Civil Veterinary Dept. Assam report 1911-1927 - 1911-1927
Year: 1911
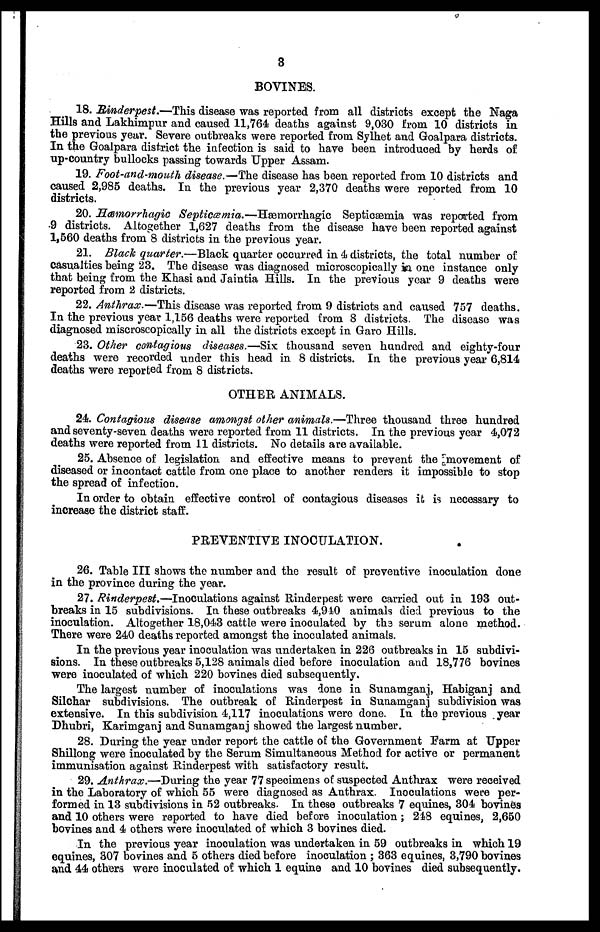
3
BOVINES.
18. Rinderpest.—This disease was reported from all districts except the Naga
Hills and Lakhimpur and caused 11,764 deaths against 9,030 from 10 districts in
the previous year. Severe outbreaks were reported from Sylhet and Goalpara districts.
In the Goalpara district the infection is said to have been introduced by herds of
up-country bullocks passing towards Upper Assam.
19. Foot-and-mouth disease.—The disease has been reported from 10 districts and
caused 2,985 deaths. In the previous year 2,370 deaths were reported from 10
districts.
20. Hæmorrhagic Septicæmia.—Hæmorrhagic
Septicæmia was reported from
9 districts. Altogether 1,627 deaths from the disease have been reported against
1,660 deaths from 8 districts in the previous year.
21. Black quarter.—Black quarter occurred in 4 districts, the total number of
Casualties being 23. The disease was diagnosed microscopically in one instance only
that being from the Khasi and Jaintia Hills. In the previous year 9 deaths were
reported from 2 districts.
22. Anthrax.—This disease was reported from 9 districts and caused 757 deaths.
In the previous year 1,156 deaths were reported from 8 districts. The disease was
diagnosed miscroscopically in all the districts except in Garo Hills.
23. Other contagious diseases.—Six thousand seven hundred and eighty-four
deaths were recorded under this head in 8 districts. In the previous year 6,814
deaths were reported from 8 districts.
OTHER ANIMALS.
24. Contagious disease amongst other animals.—Three thousand three hundred
and seventy-seven deaths were reported from 11 districts. In the previous year 4,072
deaths were reported from 11 districts. No details are available.
25. Absence of legislation and effective means to prevent the movement of
diseased or incontact cattle from one place to another renders it impossible to stop
the spread of infection.
In order to obtain effective control of contagious diseases it is necessary to
increase the district staff.
PREVENTIVE INOCULATION.
26. Table III shows the number and the result of preventive inoculation done
in the province during the year.
27. Rinderpest.—Inoculations against Rinderpest were carried out in 193 out-
breaks in 15 subdivisions. In these outbreaks 4,940 animals died previous to the
inoculation. Altogether 18,043 cattle were inoculated by th3 serum alone method.
There were 240 deaths reported amongst the inoculated animals.
In the previous year inoculation was undertaken in 226 outbreaks in 15 subdivi-
sions. In these outbreaks 5,128 animals died before inoculation and 18,776 bovines
were inoculated of which 220 bovines died subsequently.
The largest number of inoculations was done in Sunamganj, Habiganj and
Silchar subdivisions. The outbreak of Rinderpest in Sunamganj subdivision was
extensive. In this subdivision 4,117 inoculations were done. In the previous year
Dhubri, Karimganj and Sunamganj showed the largest number.
28. During the year under report the cattle of the Government Farm at Upper
Shillong were inoculated by the Serum Simultaneous Method for active or permanent
immunisation against Rinderpest with satisfactory result.
29. Anthrax.—During the year 77 specimens of suspected Anthrax were received
in the Laboratory of which 55 were diagnosed as Anthrax. Inoculations were per-
formed in 13 subdivisions in 52 outbreaks. In these outbreaks 7 equines, 304 bovines
and 10 others were reported to have died before inoculation; 248 equines, 2,650
bovines and 4 others were inoculated of which 3 bovines died.
In the previous year inoculation was undertaken in 59 outbreaks in which 19
equines, 307 bovines and 5 others died before inoculation ; 363 equines, 3,790 bovines
and 44 others were inoculated of which 1 equine and 10 bovines died subsequently.